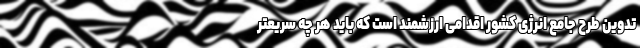
تدوین طرح جامع انرژی کشور اقدامی ارزشمند است که باید هر چه سریعتر